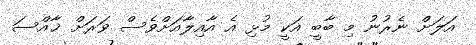
އަލަށް ނެރުނު މި ބާބީ އަކީ މުޅި އެ އާއިލާއަށްވެސް ވަރަށް ޚާއްސަ